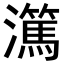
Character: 𬉤